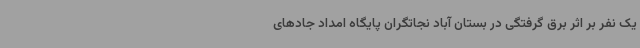
یک نفر بر اثر برق گرفتگی در بستان آباد نجاتگران پایگاه امداد جادهای